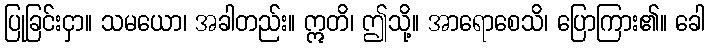
ပြုခြင်းငှာ။ သမယော၊ အခါတည်း။ ဣတိ၊ ဤသို့။ အာရောစေသိ၊ ပြောကြား၏။ ခေါ